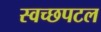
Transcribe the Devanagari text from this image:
स्वच्छपटल